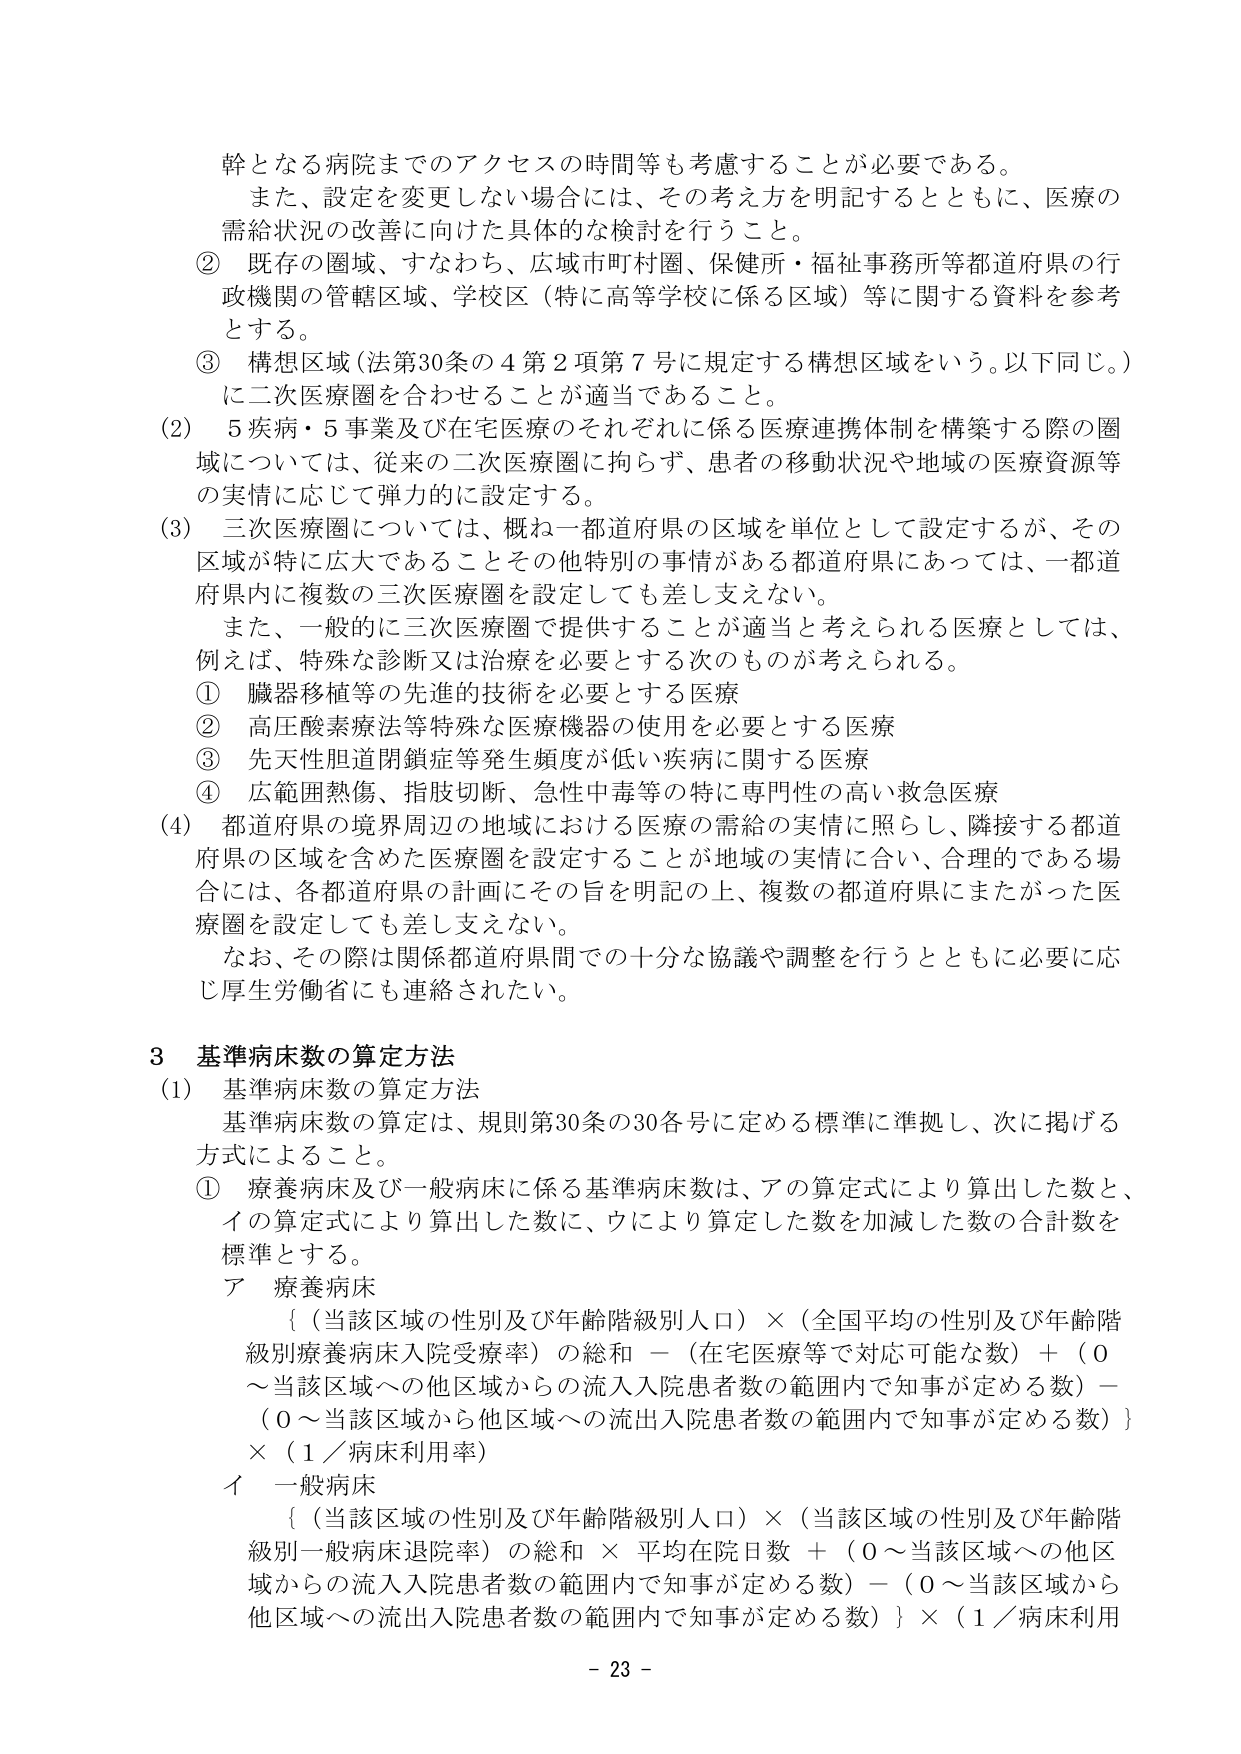
幹となる病院までのアクセスの時間等も考慮することが必要である。
また、設定を変更しない場合には、その考え方を明記するとともに、医療の
需給状況の改善に向けた具体的な検討を行うこと。
② 既存の圏域、すなわち、広域市町村圏、保健所・福祉事務所等都道府県の行
政機関の管轄区域、学校区（特に高等学校に係る区域）等に関する資料を参考
とする。
③ 構想区域（法第30条の4第2項第7号に規定する構想区域をいう。以下同じ。）
に二次医療圏を合わせることが適当であること。
(2) 5疾病・5事業及び在宅医療のそれぞれに係る医療連携体制を構築する際の圏
域については、従来の二次医療圏に拘らず、患者の移動状況や地域の医療資源等
の実情に応じて弾力的に設定する。
(3) 三次医療圏については、概ね一都道府県の区域を単位として設定するが、その
区域が特に広大であることその他特別の事情がある都道府県にあっては、一都道
府県内に複数の三次医療圏を設定しても差し支えない。
　また、一般的に三次医療圏で提供することが適当と考えられる医療としては、
例えば、特殊な診断又は治療を必要とする次のものが考えられる。
① 臓器移植等の先進的技術を必要とする医療
② 高圧酸素療法等特殊な医療機器の使用を必要とする医療
③ 先天性胆道閉鎖症等発生頻度が低い疾病に関する医療
④ 広範囲熱傷、指肢切断、急性中毒等の特に専門性の高い救急医療
(4) 都道府県の境界周辺の地域における医療の需給の実情に照らし、隣接する都道
府県の区域を含めた医療圏を設定することが地域の実情に合い、合理的である場
合には、各都道府県の計画にその旨を明記の上、複数の都道府県にまたがった医
療圏を設定しても差し支えない。
　なお、その際は関係都道府県間での十分な協議や調整を行うとともに必要に応
じ厚生労働省にも連絡されたい。

3 基準病床数の算定方法
(1) 基準病床数の算定方法
　基準病床数の算定は、規則第30条の30各号に定める標準に準拠し、次に掲げる
方式によること。
① 療養病床及び一般病床に係る基準病床数は、アの算定式により算出した数と、
イの算定式により算出した数に、ウにより算定した数を加減した数の合計数を
標準とする。
ア 療養病床
　｛（当該区域の性別及び年齢階級別人口）×（全国平均の性別及び年齢階
　級別療養病床入院受療率）の総和 －（在宅医療等で対応可能な数）＋（0
　～当該区域への他区域からの流入入院患者数の範囲内で知事が定める数）－
　（0～当該区域から他区域への流出入院患者数の範囲内で知事が定める数）｝
　×（1／病床利用率）
イ 一般病床
　｛（当該区域の性別及び年齢階級別人口）×（当該区域の性別及び年齢階
　級別一般病床退院率）の総和 × 平均在院日数 ＋（0～当該区域への他区
　域からの流入入院患者数の範囲内で知事が定める数）－（0～当該区域から
　他区域への流出入院患者数の範囲内で知事が定める数）｝×（1／病床利用

- 23 -